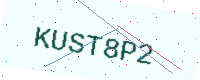
Text: KUST8P2